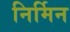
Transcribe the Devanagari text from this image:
निर्मिन